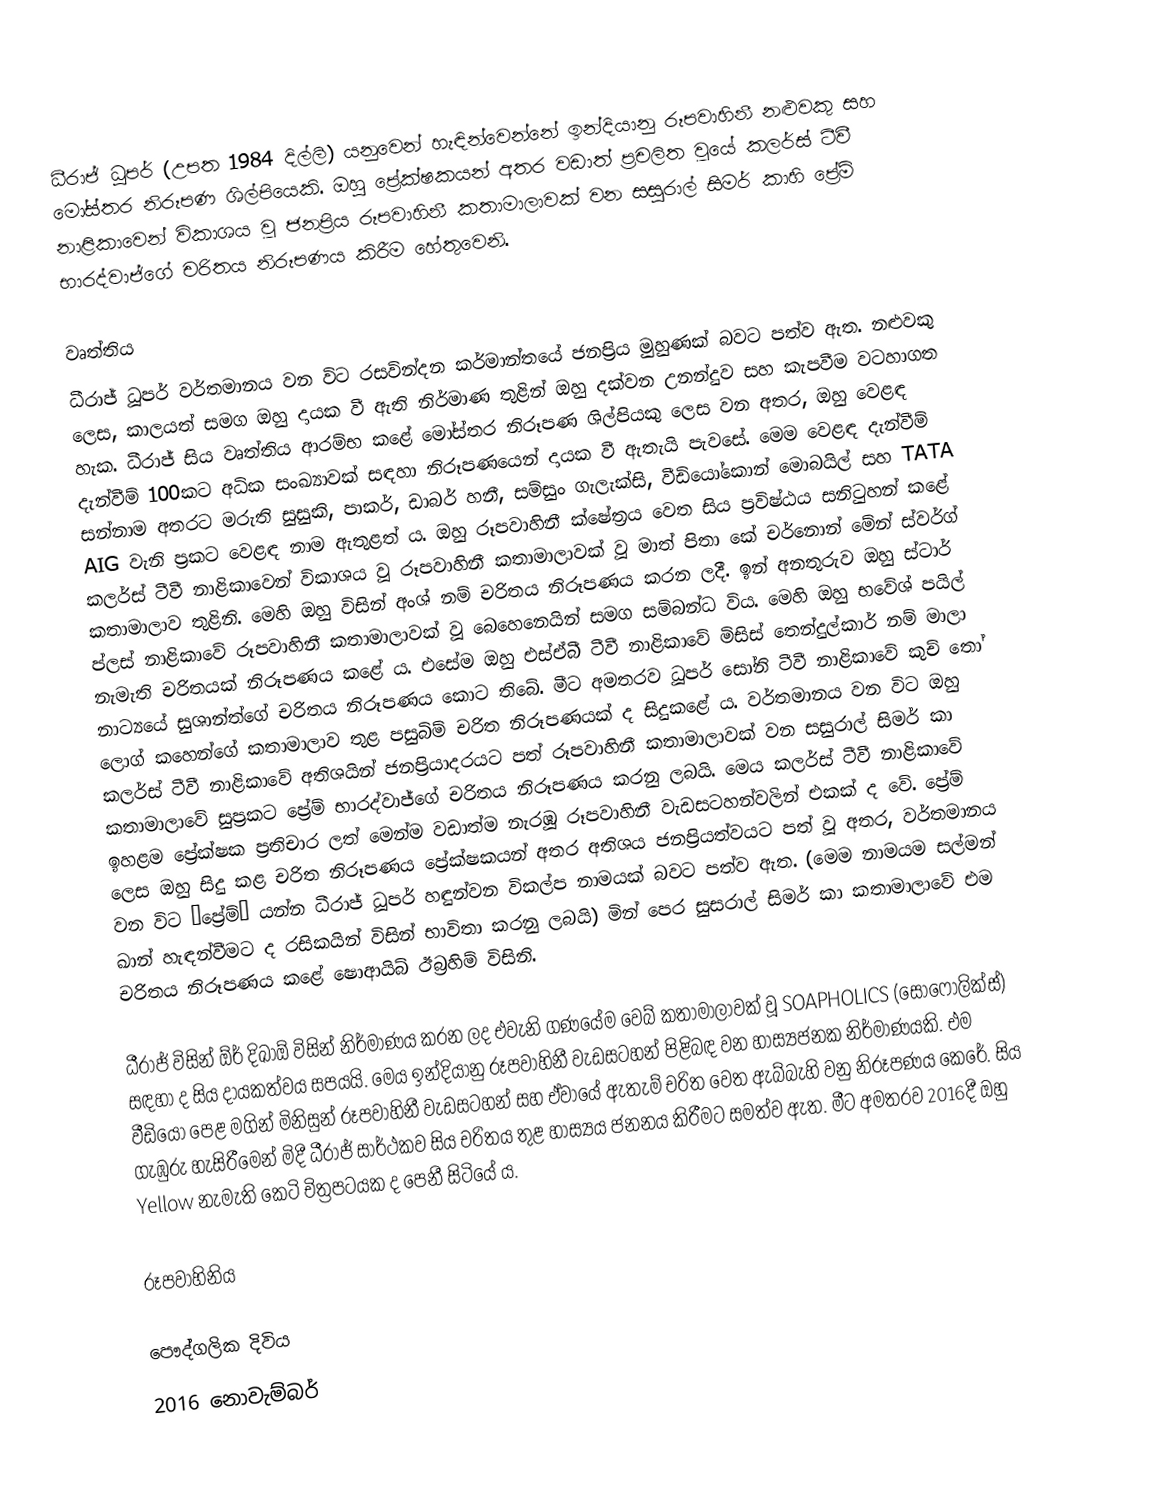
ධීරාජ් ධූපර් (උපත 1984 දිල්ලි) යනුවෙන් හැඳින්වෙන්නේ ඉන්දියානු රූපවාහිනී නළුවකු සහ මෝස්තර නිරූපණ ශිල්පියෙකි. ඔහු ප්‍රේක්ෂකයන් අතර වඩාත් ප්‍රචලිත වූයේ කලර්ස් ටීවී නාළිකාවෙන් විකාශය වූ ජනප්‍රිය රූපවාහිනී කතාමාලාවක් වන සසුරාල් සිමර් කාහි ප්‍රේම් භාරද්වාජ්ගේ චරිතය නිරූපණය කිරීම හේතුවෙනි.

වෘත්තිය
ධීරාජ් ධූපර් වර්තමානය වන විට රසවින්දන කර්මාන්තයේ ජනප්‍රිය මුහුණක් බවට පත්ව ඇත. නළුවකු ලෙස, කාලයත් සමග ඔහු දායක වී ඇති නිර්මාණ තුළින් ඔහු දක්වන උනන්දුව සහ කැපවීම වටහාගත හැක. ධීරාජ් සිය වෘත්තිය ආරම්භ කළේ මෝස්තර නිරූපණ ශිල්පියකු ලෙස වන අතර, ඔහු වෙළඳ දැන්වීම් 100කට අධික සංඛ්‍යාවක් සඳහා නිරූපණයෙන් දායක වී ඇතැයි පැවසේ. මෙම වෙළඳ දැන්වීම් සන්නාම අතරට මරුති සුසුකි, පාකර්, ඩාබර් හනී, සම්සුං ගැලැක්සි, වීඩියෝකොන් මොබයිල් සහ TATA AIG වැනි ප්‍රකට වෙළඳ නාම ඇතුළත් ය. ඔහු රූපවාහිනී ක්ෂේත්‍රය වෙත සිය ප්‍රවිෂ්ඨය සනිටුහන් කළේ කලර්ස් ටීවී නාළිකාවෙන් විකාශය වූ රූපවාහිනී කතාමාලාවක් වූ මාත් පිතා කේ චර්නොන් මේන් ස්වර්ග් කතාමාලාව තුළිනි‍. මෙහි ඔහු විසින් අංශ් නම් චරිතය නිරූපණය කරන ලදී. ඉන් අනතුරුව ඔහු ස්ටාර් ප්ලස් නාළිකාවේ රූපවාහිනී කතාමාලාවක් වූ බෙහෙනෙයින් සමග සම්බන්ධ විය. මෙහි ඔහු භවේශ් පයිල් නැමැති චරිතයක් නිරූපණය කළේ ය. එසේම ඔහු එස්ඒබී ටීවී නාළිකාවේ මිසිස් තෙන්දුල්කාර් නම් මාලා නාට්‍යයේ සුශාන්ත්ගේ චරිතය නිරූපණය කොට තිබේ. මීට අමතරව ධූපර් සෝනි ටීවී නාළිකාවේ කුච් තෝ ලොග් කහෙන්ගේ කතාමාලාව තුළ පසුබිම් චරිත නිරූපණයක් ද සිදුකළේ ය. වර්තමානය වන විට ඔහු කලර්ස් ටීවී නාළිකාවේ අතිශයින් ජනප්‍රියාදරයට පත් රූපවාහිනී කතාමාලාවක් වන සසුරාල් සිමර් කා කතාමාලාවේ සුප්‍රකට ප්‍රේම් භාරද්වාජ්ගේ චරිතය නිරූපණය කරනු ලබයි. මෙය කලර්ස් ටීවී නාළිකාවේ ඉහළම ප්‍රේක්ෂක ප්‍රතිචාර ලත් මෙන්ම වඩාත්ම නැරඹූ රූපවාහිනී වැඩසටහන්වලින් එකක් ද වේ. ප්‍රේම් ලෙස ඔහු සිදු කළ චරිත නිරූපණය ප්‍රේක්ෂකයන් අතර අතිශය ජනප්‍රියත්වයට පත් වූ අතර, ‍වර්තමානය වන විට “ප්‍රේම්” යන්න ධීරාජ් ධූපර් හඳුන්වන විකල්ප නාමයක් බවට පත්ව ඇත. (මෙම නාමයම සල්මන් ඛාන් හැඳන්වීමට ද රසිකයින් විසින් භාවිතා කරනු ලබයි) මින් පෙර සුසරාල් සිමර් කා කතාමාලා‍වේ එම චරිතය නිරූපණය කළේ ෂොආයිබ් ඊබ්‍රහිම් විසිනි.

ධීරාජ් විසින් ඕර් දිඛාඕ විසින් නිර්මාණය කරන ලද එවැනි ගණයේම වෙබ් කතාමාලාවක් වූ SOAPHOLICS (සෝෆොලික්ස්) සඳහා ද සිය දායකත්වය සපයයි. මෙය ඉන්දියානු රූපවාහිනී වැඩසටහන් පිළිබඳ වන හාස්‍යජනක නිර්මාණයකි. එම වීඩියෝ පෙළ මගින් මිනිසුන් රූපවාහිනී වැඩසටහන් සහ ඒවායේ ඇතැම් චරිත වෙත ඇබ්බැහි වනු නිරූපණය කෙරේ. සිය ගැඹුරු හැසිරීමෙන් මිදී ධීරාජ් සාර්ථකව සිය චරිතය තුළ හාස්‍යය ජනනය කිරීමට සමත්ව ඇත. මීට අමතරව 2016දී ඔහු Yellow නැමැති කෙටි චිත්‍රපටයක ද පෙනී සිටියේ ය.

රූපවාහිනිය

පෞද්ගලික දිවිය
2016 නොවැම්බර්